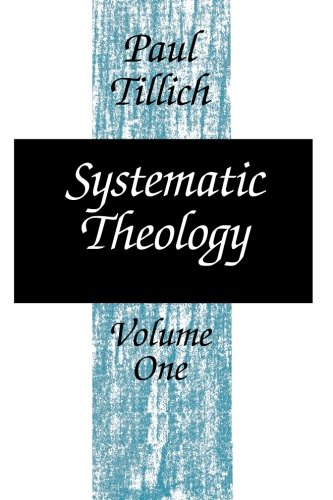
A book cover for Systematic Theology, vol. 1; Paul Tillich; Christian Books & Bibles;